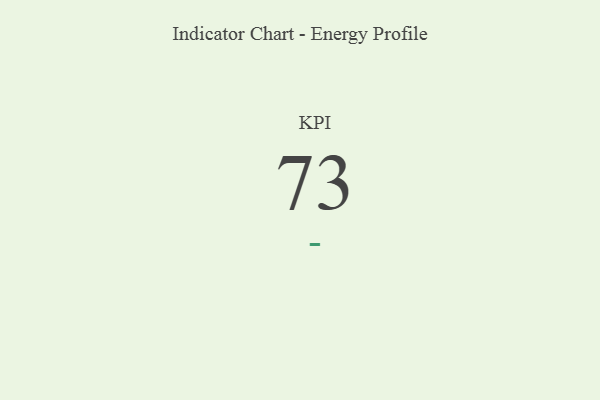
{"axis": {"x": "KPI", "y": "Value"}, "legend": [""], "data": [{"x": "KPI", "y": 73, "type": ""}]}